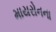
માયરોનના